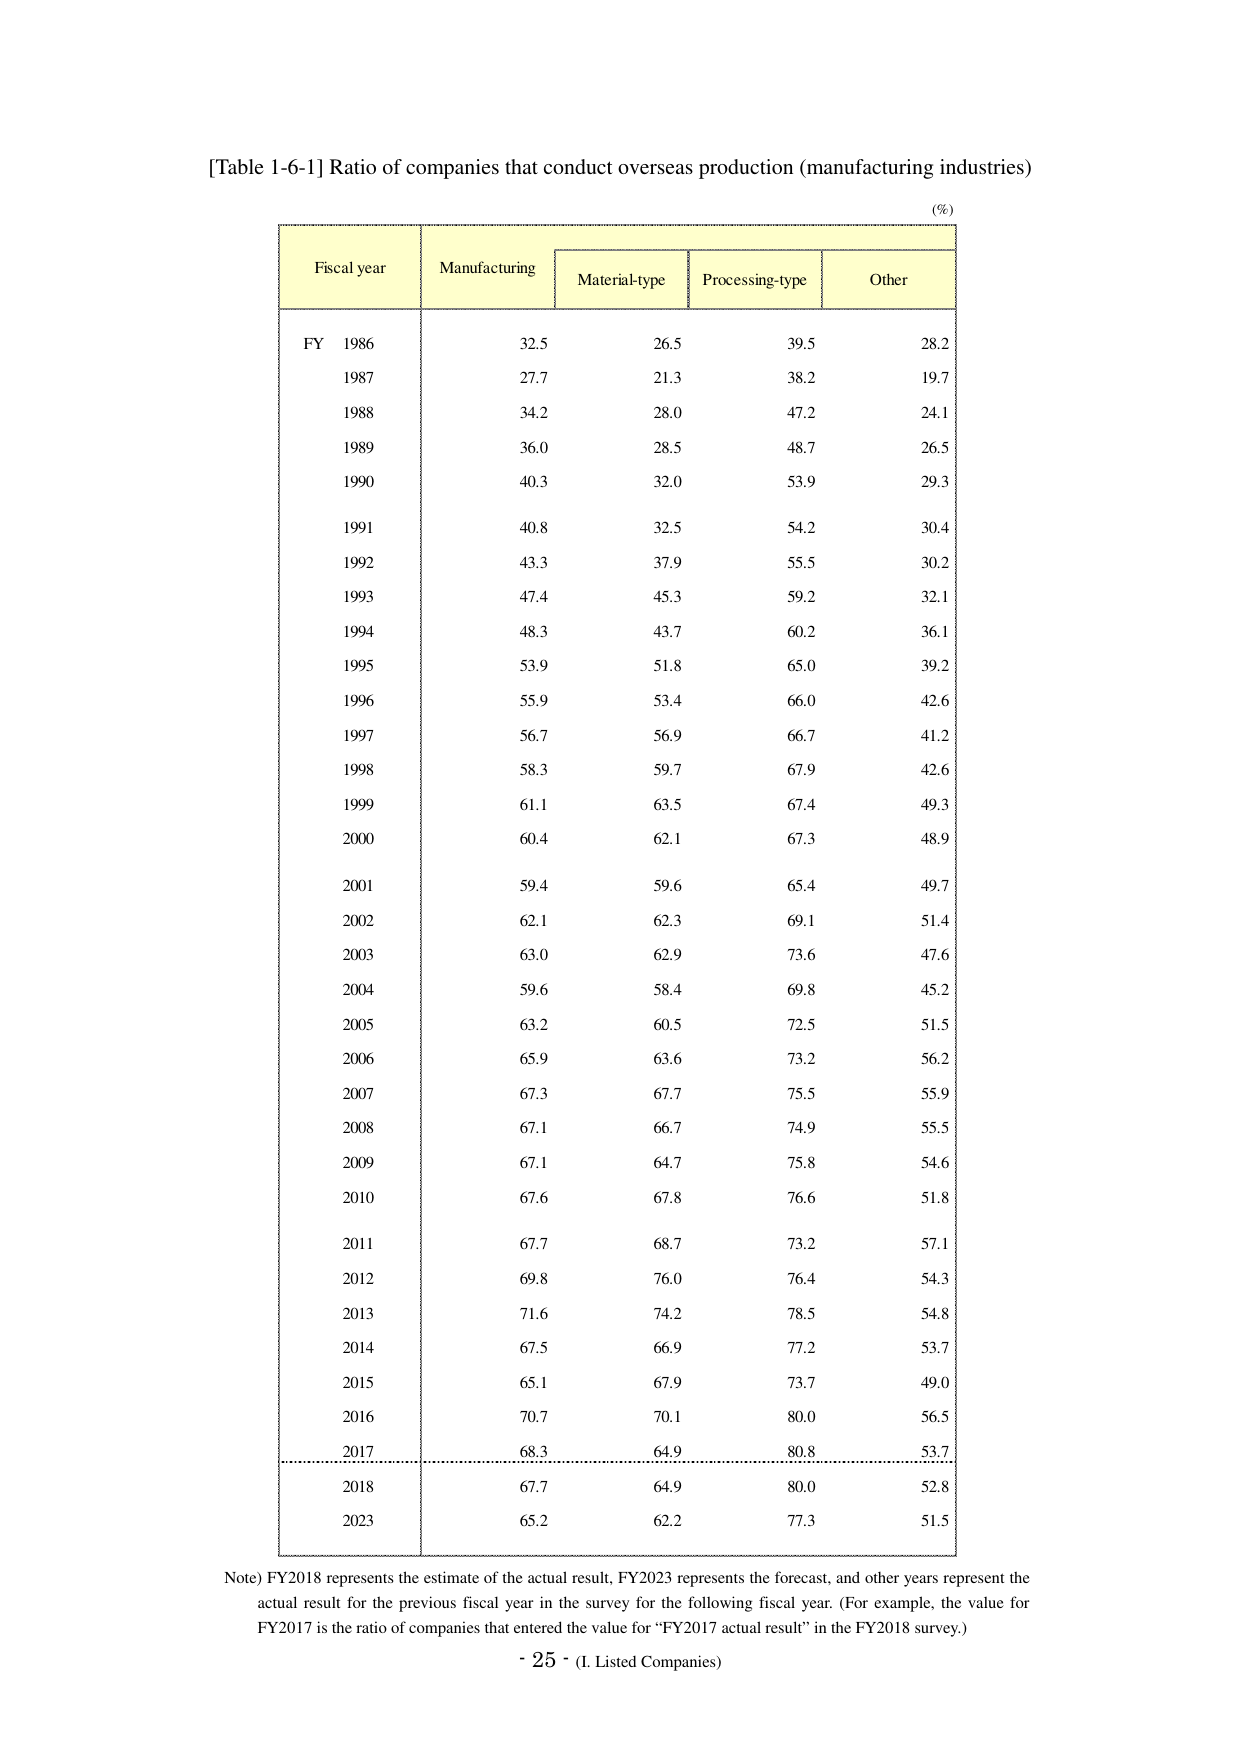
[Table 1-6-1] Ratio of companies that conduct overseas production (manufacturing industries)

(%)

Fiscal year    Manufacturing    Material-type    Processing-type    Other
FY 1986       32.5             26.5             39.5             28.2
1987          27.7             21.3             38.2             19.7
1988          34.2             28.0             47.2             24.1
1989          36.0             28.5             48.7             26.5
1990          40.3             32.0             53.9             29.3
1991          40.8             32.5             54.2             30.4
1992          43.3             37.9             55.5             30.2
1993          47.4             45.3             59.2             32.1
1994          48.3             43.7             60.2             36.1
1995          53.9             51.8             65.0             39.2
1996          55.9             53.4             66.0             42.6
1997          56.7             56.9             66.7             41.2
1998          58.3             59.7             67.9             42.6
1999          61.1             63.5             67.4             49.3
2000          60.4             62.1             67.3             48.9
2001          59.4             59.6             65.4             49.7
2002          62.1             62.3             69.1             51.4
2003          63.0             62.9             73.6             47.6
2004          59.6             58.4             69.8             45.2
2005          63.2             60.5             72.5             51.5
2006          65.9             63.6             73.2             56.2
2007          67.3             67.7             75.5             55.9
2008          67.1             66.7             74.9             55.5
2009          67.1             64.7             75.8             54.6
2010          67.6             67.8             76.6             51.8
2011          67.7             68.7             73.2             57.1
2012          69.8             76.0             76.4             54.3
2013          71.6             74.2             78.5             54.8
2014          67.5             66.9             77.2             53.7
2015          65.1             67.9             73.7             49.0
2016          70.7             70.1             80.0             56.5
2017          68.3             64.9             80.8             53.7
2018          67.7             64.9             80.0             52.8
2023          65.2             62.2             77.3             51.5

Note) FY2018 represents the estimate of the actual result, FY2023 represents the forecast, and other years represent the actual result for the previous fiscal year in the survey for the following fiscal year. (For example, the value for FY2017 is the ratio of companies that entered the value for “FY2017 actual result” in the FY2018 survey.)

- 25 - (I. Listed Companies)